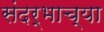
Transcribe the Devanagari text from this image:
संदर्भाच्या